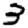
Digit: 3